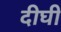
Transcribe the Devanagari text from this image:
दीघी